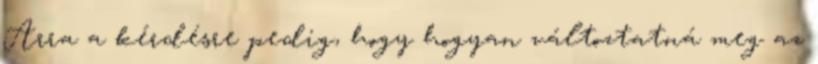
Arra a kérdésre pedig, hogy hogyan változtatná meg az